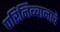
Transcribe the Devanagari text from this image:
परिनिब्बानाचे